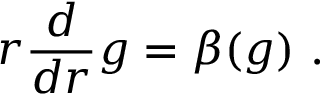
r \frac { d } { d r } g = \beta ( g ) \, \, .